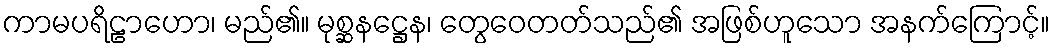
ကာမပရိဠာဟော၊ မည်၏။ မုစ္ဆနဋ္ဌေန၊ တွေဝေတတ်သည်၏ အဖြစ်ဟူသော အနက်ကြောင့်။